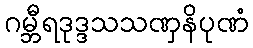
ဂမ္ဘီရဒုဒ္ဒသသဏှနိပုဏံ